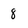
Character: 8